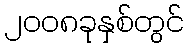
၂၀၀၈ခုနှစ်တွင်